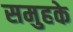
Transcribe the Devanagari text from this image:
समुहके